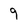
Character: 9